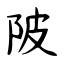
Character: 陂